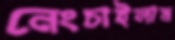
নেংচাইলাম